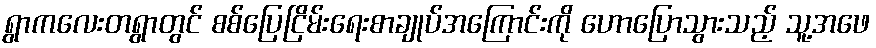
ရွာကလေးတရွာတွင် စစ်ပြေငြိမ်းရေးစာချုပ်အကြောင်းကို ဟောပြောသွားသည့် သူ့အဖေ